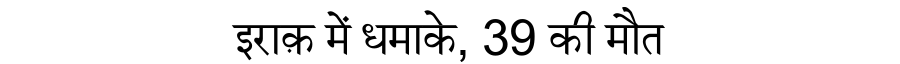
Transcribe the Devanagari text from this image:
इराक़ में धमाके, 39 की मौत